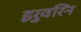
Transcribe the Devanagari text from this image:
इरुवरिन